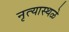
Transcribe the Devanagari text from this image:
नृत्यास्थळे